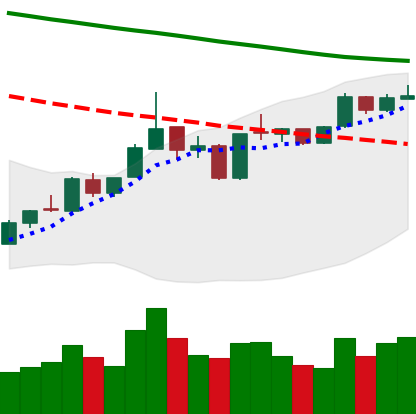
Ticker: ETH-USD
Chart end date: 2019-01-05
Forward return: -17.357%
Label: down_7plus